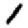
Digit: 1